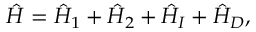
\hat { H } = \hat { H } _ { 1 } + \hat { H } _ { 2 } + \hat { H } _ { I } + \hat { H } _ { D } ,